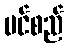
ပင်စည်